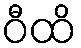
ဝီထိ